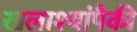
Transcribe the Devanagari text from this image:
खलाश्यांपैकी